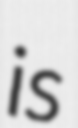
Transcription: is